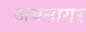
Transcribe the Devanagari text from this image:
जयनागर